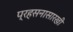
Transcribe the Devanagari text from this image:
प्रहसनासारखी